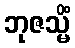
ဘုဇသ္မိံ